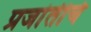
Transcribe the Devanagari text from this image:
प्रजांतीचे